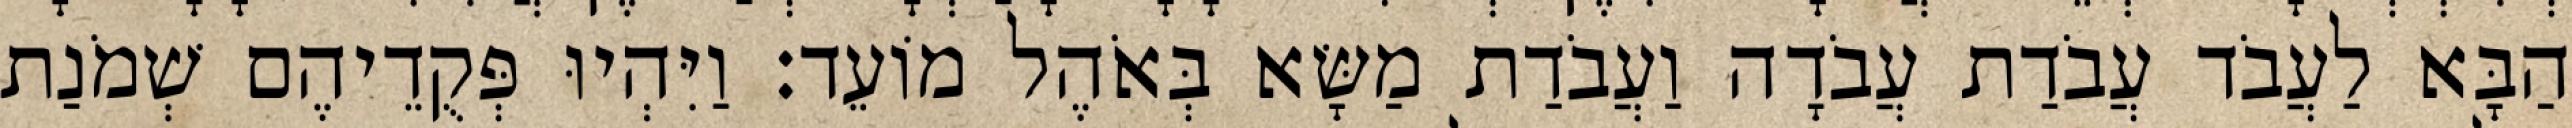
הַבָּא לַעֲבֹד עֲבֹדַת עֲבֹדָה וַעֲבֹדַת מַשָּׂא בְּאֹהֶל מוֹעֵד׃ וַיִּהְיוּ פְּקֻדֵיהֶם שְׁמֹנַת